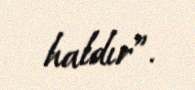
haldır”.